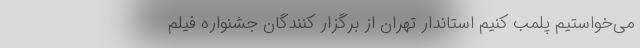
می‌‌خواستیم پلمب کنیم استاندار تهران از برگزار کنندگان جشنواره فیلم